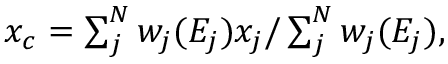
\begin{array} { c l l } { x _ { c } = \sum _ { j } ^ { N } w _ { j } ( E _ { j } ) x _ { j } / \sum _ { j } ^ { N } w _ { j } ( E _ { j } ) , } \end{array}